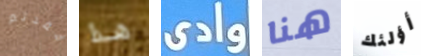
فقدتم هذا وادى هنا أؤلئك